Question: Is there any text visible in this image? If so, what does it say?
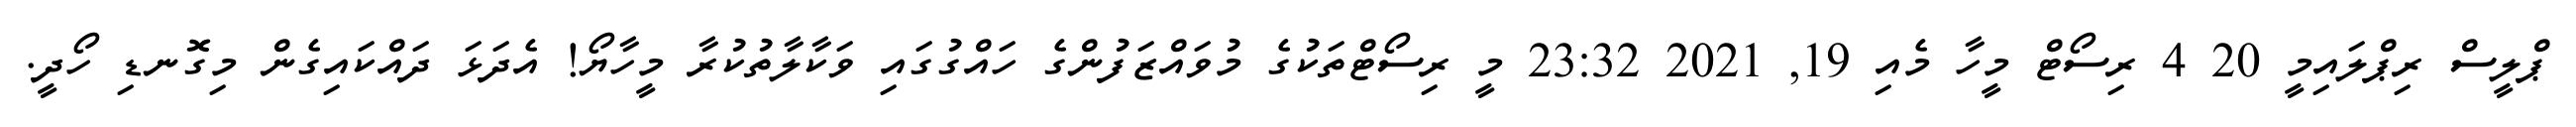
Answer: ޕްލީސް ރިޕްލައިމީ 20 4 ރިސޯޓް މީހާ މެއި 19, 2021 23:32 މީ ރިސޯޓްތަކުގެ މުވައްޒަފުންގެ ހައްގުގައި ވަކާލާތުކުރާ މީހާޔޯ! އެދަޅަ ދައްކައިގެން މިގޮނޑި ހޯދީ.